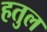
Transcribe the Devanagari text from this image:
हतुल